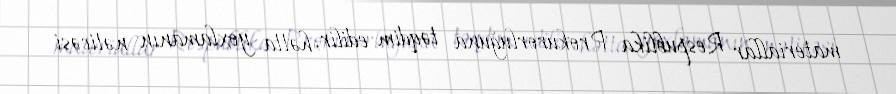
materiallar Respublika Prokurorluğuna təqdim edilir, hətta yoxlamanın nəticəsi